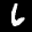
Label: 6